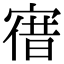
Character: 𡩤